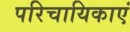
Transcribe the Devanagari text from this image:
परिचायिकाएं